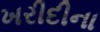
ખરીદીના